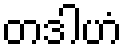
တဒါဟံ